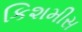
કિશમીસ